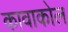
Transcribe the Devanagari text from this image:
कावाकोल